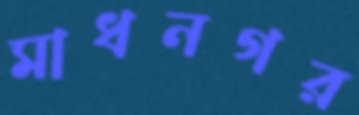
মাধনগর